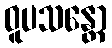
ဝူပသန္တော